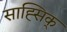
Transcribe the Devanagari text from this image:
साह्सिक्